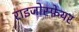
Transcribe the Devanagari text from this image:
राइजोस्फेयर